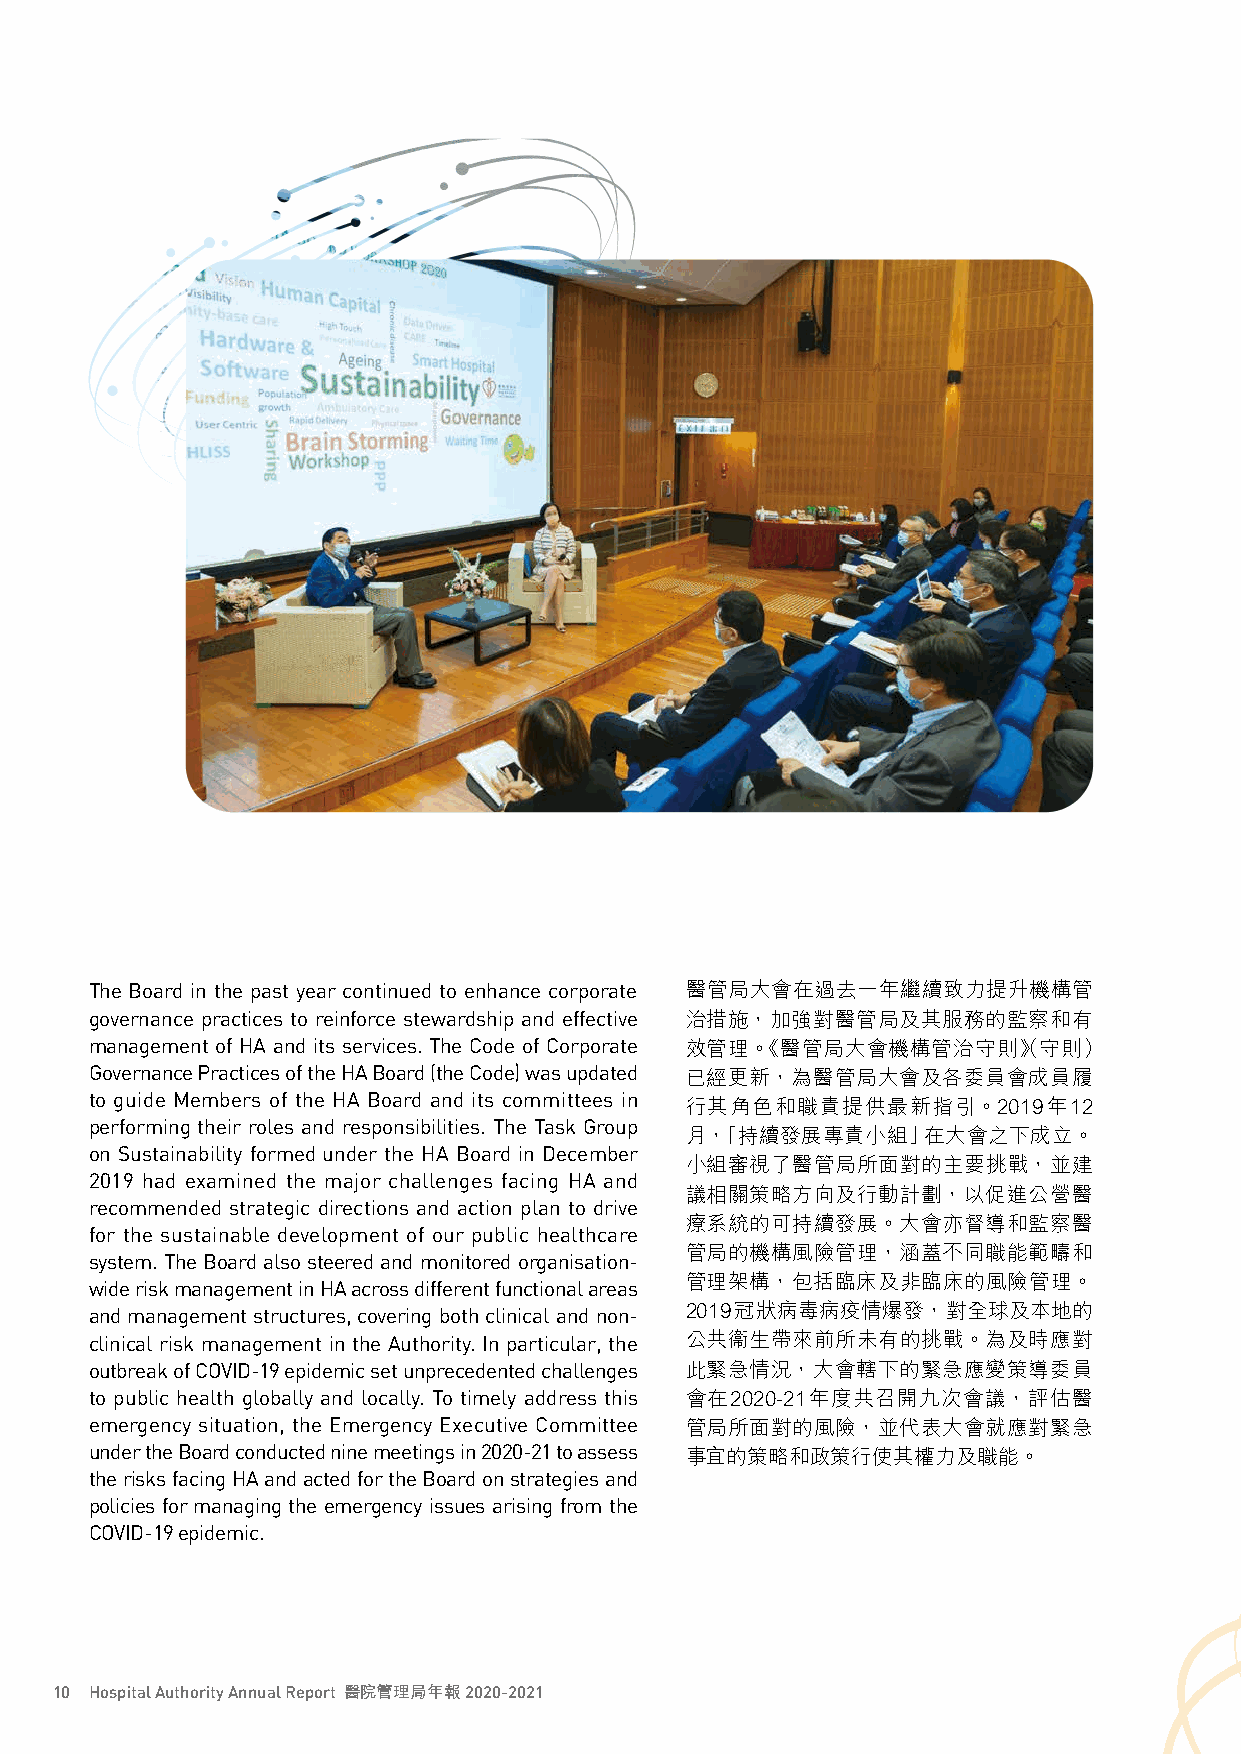
The Board in the past year continued to enhance corporate 醫管局大會在過去一年繼續致力提升機構管
 governance practices to reinforce stewardship and effective 治措施，加強對醫管局及其服務的監察和有
 management of HA and its services. The Code of Corporate 效管理。《醫管局大會機構管治守則》（守則）
 Governance Practices of the HA Board (the Code) was updated 已經更新，為醫管局大會及各委員會成員履
 to guide Members of the HA Board and its committees in
 行其角色和職責提供最新指引。2019年12
 performing their roles and responsibilities. The Task Group
 月，「持續發展專責小組」在大會之下成立。
 on Sustainability formed under the HA Board in December
 小組審視了醫管局所面對的主要挑戰，並建
 2019 had examined the major challenges facing HA and
 議相關策略方向及行動計劃，以促進公營醫
 recommended strategic directions and action plan to drive
 療系統的可持續發展。大會亦督導和監察醫
 for the sustainable development of our public healthcare
 管局的機構風險管理，涵蓋不同職能範疇和
 system. The Board also steered and monitored organisation-
 管理架構，包括臨床及非臨床的風險管理。
 wide risk management in HA across different functional areas
 and management structures, covering both clinical and non- 2019冠狀病毒病疫情爆發，對全球及本地的
 clinical risk management in the Authority. In particular, the 公共衞生帶來前所未有的挑戰。為及時應對
 outbreak of COVID-19 epidemic set unprecedented challenges 此緊急情況，大會轄下的緊急應變策導委員
 to public health globally and locally. To timely address this 會在2020-21年度共召開九次會議，評估醫
 emergency situation, the Emergency Executive Committee 管局所面對的風險，並代表大會就應對緊急
 under the Board conducted nine meetings in 2020-21 to assess 事宜的策略和政策行使其權力及職能。
 the risks facing HA and acted for the Board on strategies and
 policies for managing the emergency issues arising from the
 COVID-19 epidemic.
 10 Hospital Authority Annual Report 醫院管理局年報 2020-2021